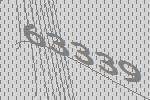
63339